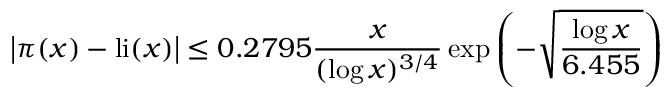
{ \big | } \pi ( x ) - \operatorname { l i } ( x ) { \big | } \leq 0 . 2 7 9 5 { \frac { x } { ( \log x ) ^ { 3 / 4 } } } \exp \left( - { \sqrt { \frac { \log x } { 6 . 4 5 5 } } } \right)